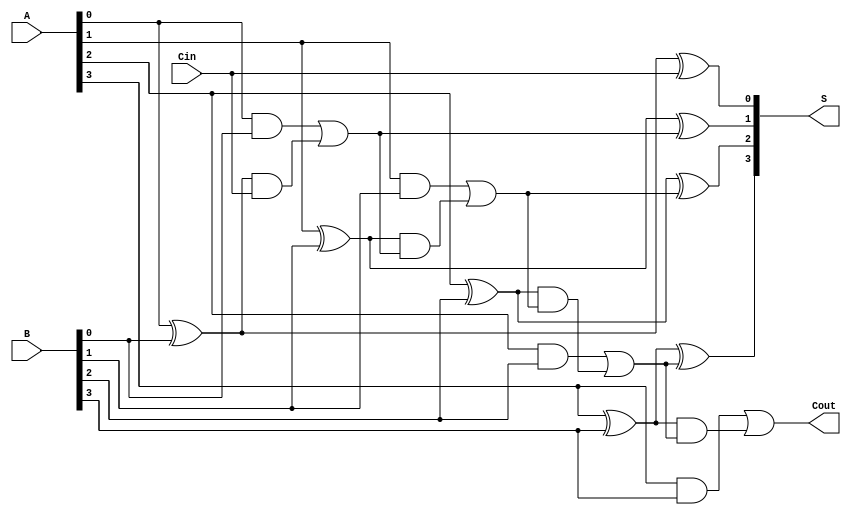
module LingAdder #(parameter N = 4) (
    input  wire [N-1:0] A,      // First n-bit input
    input  wire [N-1:0] B,      // Second n-bit input
    input  wire Cin,             // Carry-in
    output wire [N-1:0] S,       // n-bit sum output
    output wire Cout             // Carry-out
);

    // Intermediate signals for generate and propagate
    wire [N-1:0] G; // Generate signals
    wire [N-1:0] P; // Propagate signals
    wire [N:0] C;   // Carry signals

    // Generate and propagate calculations
    genvar i;
    generate
        for (i = 0; i < N; i = i + 1) begin : gen_prop
            assign G[i] = A[i] & B[i]; // Generate
            assign P[i] = A[i] ^ B[i]; // Propagate
        end
    endgenerate

    // Carry signals calculation
    assign C[0] = Cin; // Initial carry-in
    generate
        for (i = 0; i < N; i = i + 1) begin : carry_logic
            if (i == 0) begin
                assign C[i + 1] = G[i] | (P[i] & C[i]); // Cout[0]
            end else begin
                assign C[i + 1] = G[i] | (P[i] & C[i]); // Cout[i]
            end
        end
    endgenerate

    // Sum calculation
    generate
        for (i = 0; i < N; i = i + 1) begin : sum_logic
            assign S[i] = P[i] ^ C[i]; // Sum
        end
    endgenerate

    // Final carry-out
    assign Cout = C[N]; // Carry-out from the last stage

endmodule